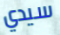
سيدي